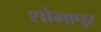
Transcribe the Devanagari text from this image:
शोभापुर